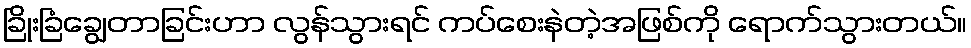
ခြိုးခြံချွေတာခြင်းဟာ လွန်သွားရင် ကပ်စေးနဲတဲ့အဖြစ်ကို ရောက်သွားတယ်။